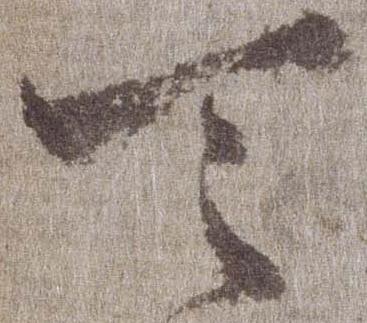
天